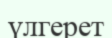
үлгерет